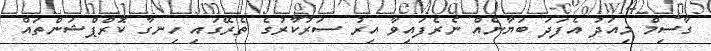
ގާސިމް މިއަދު އެފަދަ ބަޔާނެއް ނެރެފައިވާ އިރު ސަރުކާރުގެ ތެރޭގައި ހިނގާ ކޮރްޕްޝަންތައް